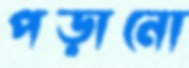
পড়ানো